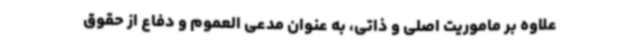
علاوه بر ماموریت اصلی و ذاتی، به عنوان مدعی العموم و دفاع از حقوق